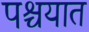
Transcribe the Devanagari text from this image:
पश्चयात